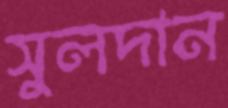
সুলদান